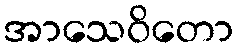
အာသေဝိတော